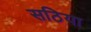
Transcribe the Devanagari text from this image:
सठिया